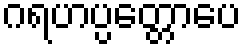
ဂရဟပ္ပတ္တောပေ